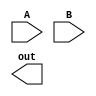
module less_than(A, B, out);

	input [31:0] A, B;
	output out;
	
	

endmodule